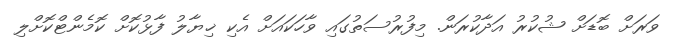
ވަރަށް ބޮޑަށް ޝުކުރު އަދާކުރަން. މިފުރުސަތުގައި ވާހަކައަށް އެކި ޚިޔާލު ފާޅުކޮށް ކޮމެންޓްކޮށްލި